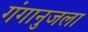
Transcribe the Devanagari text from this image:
गंगानुजला